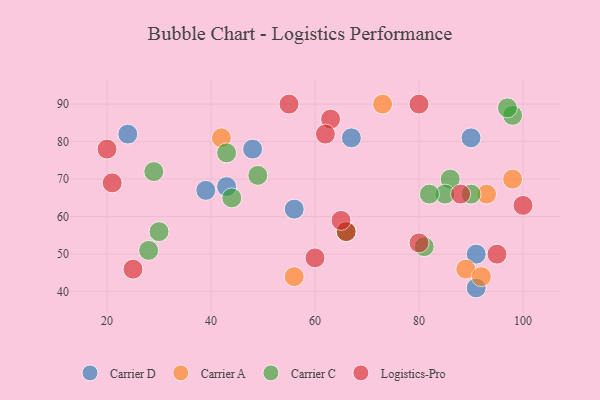
{"axis": {"x": "GDP", "y": "Life Expectancy"}, "legend": ["Carrier A", "Carrier C", "Carrier D", "Logistics-Pro"], "data": [{"x": "67", "y": 81, "type": "Carrier D"}, {"x": "91", "y": 41, "type": "Carrier D"}, {"x": "91", "y": 50, "type": "Carrier D"}, {"x": "43", "y": 68, "type": "Carrier D"}, {"x": "39", "y": 67, "type": "Carrier D"}, {"x": "48", "y": 78, "type": "Carrier D"}, {"x": "56", "y": 62, "type": "Carrier D"}, {"x": "24", "y": 82, "type": "Carrier D"}, {"x": "90", "y": 81, "type": "Carrier D"}, {"x": "98", "y": 70, "type": "Carrier A"}, {"x": "66", "y": 56, "type": "Carrier A"}, {"x": "56", "y": 44, "type": "Carrier A"}, {"x": "93", "y": 66, "type": "Carrier A"}, {"x": "89", "y": 46, "type": "Carrier A"}, {"x": "92", "y": 44, "type": "Carrier A"}, {"x": "42", "y": 81, "type": "Carrier A"}, {"x": "73", "y": 90, "type": "Carrier A"}, {"x": "86", "y": 70, "type": "Carrier C"}, {"x": "98", "y": 87, "type": "Carrier C"}, {"x": "49", "y": 71, "type": "Carrier C"}, {"x": "81", "y": 52, "type": "Carrier C"}, {"x": "66", "y": 56, "type": "Carrier C"}, {"x": "97", "y": 89, "type": "Carrier C"}, {"x": "85", "y": 66, "type": "Carrier C"}, {"x": "43", "y": 77, "type": "Carrier C"}, {"x": "30", "y": 56, "type": "Carrier C"}, {"x": "90", "y": 66, "type": "Carrier C"}, {"x": "82", "y": 66, "type": "Carrier C"}, {"x": "44", "y": 65, "type": "Carrier C"}, {"x": "29", "y": 72, "type": "Carrier C"}, {"x": "28", "y": 51, "type": "Carrier C"}, {"x": "21", "y": 69, "type": "Logistics-Pro"}, {"x": "80", "y": 53, "type": "Logistics-Pro"}, {"x": "55", "y": 90, "type": "Logistics-Pro"}, {"x": "66", "y": 56, "type": "Logistics-Pro"}, {"x": "88", "y": 66, "type": "Logistics-Pro"}, {"x": "25", "y": 46, "type": "Logistics-Pro"}, {"x": "65", "y": 59, "type": "Logistics-Pro"}, {"x": "80", "y": 90, "type": "Logistics-Pro"}, {"x": "95", "y": 50, "type": "Logistics-Pro"}, {"x": "60", "y": 49, "type": "Logistics-Pro"}, {"x": "63", "y": 86, "type": "Logistics-Pro"}, {"x": "20", "y": 78, "type": "Logistics-Pro"}, {"x": "100", "y": 63, "type": "Logistics-Pro"}, {"x": "62", "y": 82, "type": "Logistics-Pro"}]}